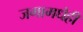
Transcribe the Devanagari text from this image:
जगामधेही